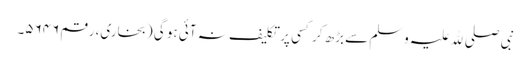
نبی صلی ﷲ علیہ وسلم سے بڑھ کر کسی پر تکلیف نہ آئی ہو گی (بخاری، رقم ۵۶۴۶۔